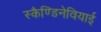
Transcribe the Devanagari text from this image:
स्कैण्डिनेवियाई